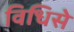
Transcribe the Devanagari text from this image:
विधिसे